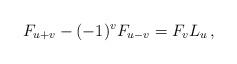
LaTeX: \begin{align*}F_{u + v} - (-1)^vF_{u-v}=F_vL_u\,, \end{align*}